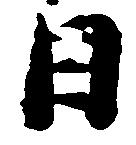
日